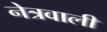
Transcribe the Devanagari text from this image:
नेत्रवाली